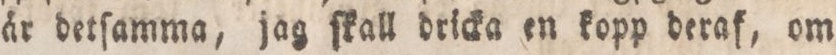
är detſamma, jag ſkall dricka en kopp deraf, om